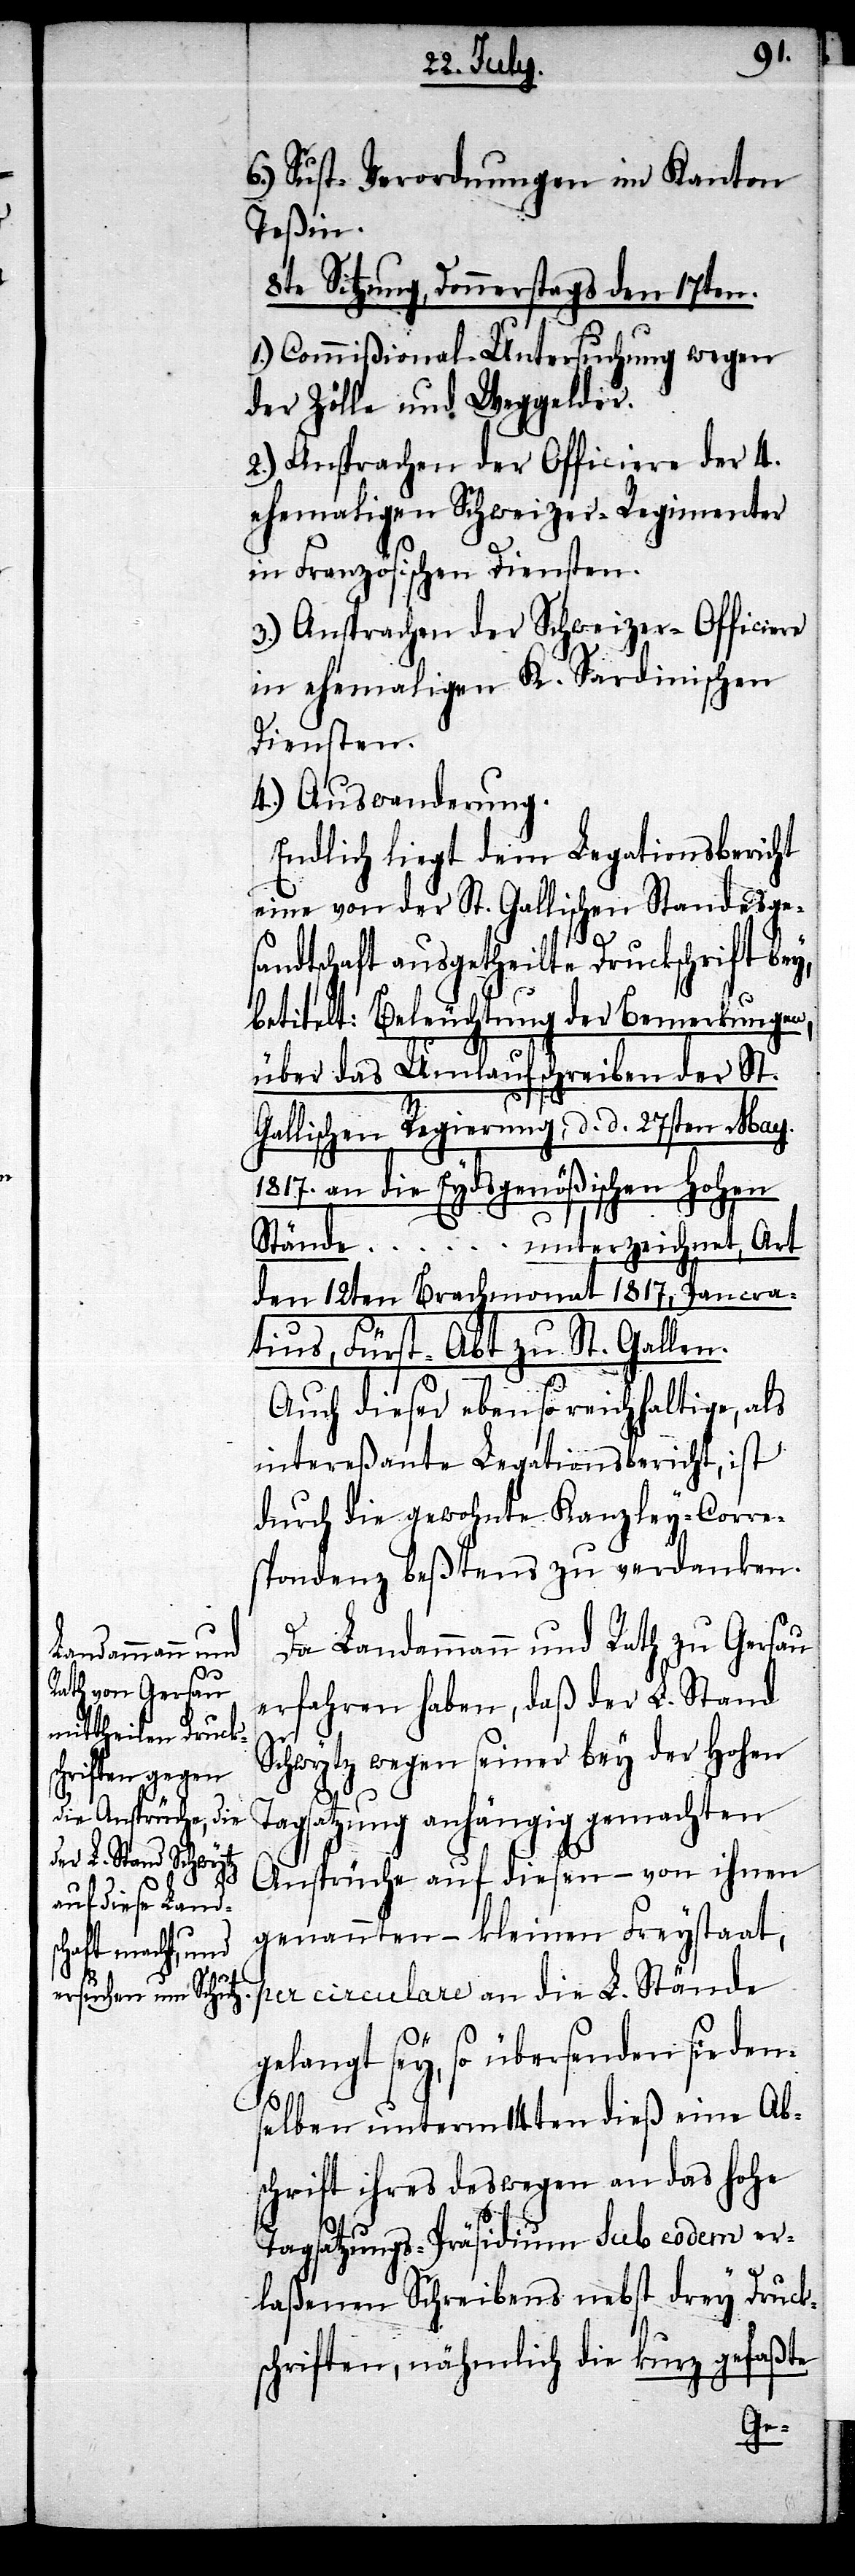
6.) Sust-Verordnungen im Kanton
Teßin.
8te Sitzung, Donnerstags den 17ten.
1.) Commißional-Untersuchung wegen
der Zölle und Weggelder.
2.) Ansprachen der Officiere der 4.
ehemaligen Schweizer-Regimenter
in Französischen Diensten.
3.) Ansprachen der Schweizer-Officiere
in ehemaligen K. Sardinischen
Diensten.
4.) Auswanderung.
Endlich liegt dem Legationsbericht
eine von der St. Gallischen Standesge¬
sandtschaft ausgetheilte Druckschrift bey,
betitelt: Beleuchtung der Bemerkungen,
über das Umlaufschreiben der St.
Gallischen Regierung, d. d. 27ten May.
1817. an die Eydsgenößischen Hohen
Stände … unterzeichnet, Art
den 12ten Brachmonat 1817, Pancra¬
tius, Fürst-Abt zu St. Gallen.
Auch dieser ebenso reichhaltige, als
intereßante Legationsbericht, ist
durch die gewohnte Kanzley-Corre¬
spondenz beßtens zu verdanken.
Da Landammann und Rath zu Gersau
erfahren haben, daß der L. Stand
Schwytz wegen seiner bey der Hohen
Tagsatzung anhängig gemachten
Ansprüche auf diesen – von ihnen
genannten – kleinen Freystaat,
per circulare an die L. Stände
gelangt sey, so übersenden sie den¬
selben unterm 14ten dieß eine Ab¬
schrift, ihres deswegen an das Hohe
Tagsatzungs-Präsidium sub eodem er¬
laßenen Schreibens nebst drey Druck¬
schriften, nähmlich die kurz gefaßte